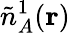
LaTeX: \tilde{n}_{A}^{1}(\mathbf{r})